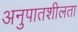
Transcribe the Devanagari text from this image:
अनुपातशीलता